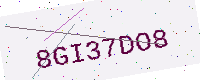
Text: 8GI37DO8